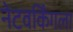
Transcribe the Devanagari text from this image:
नेटवर्किंगला